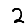
Digit: 2